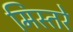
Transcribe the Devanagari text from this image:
मिस्तरे